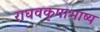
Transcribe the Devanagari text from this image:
राघवकृपाभाष्य